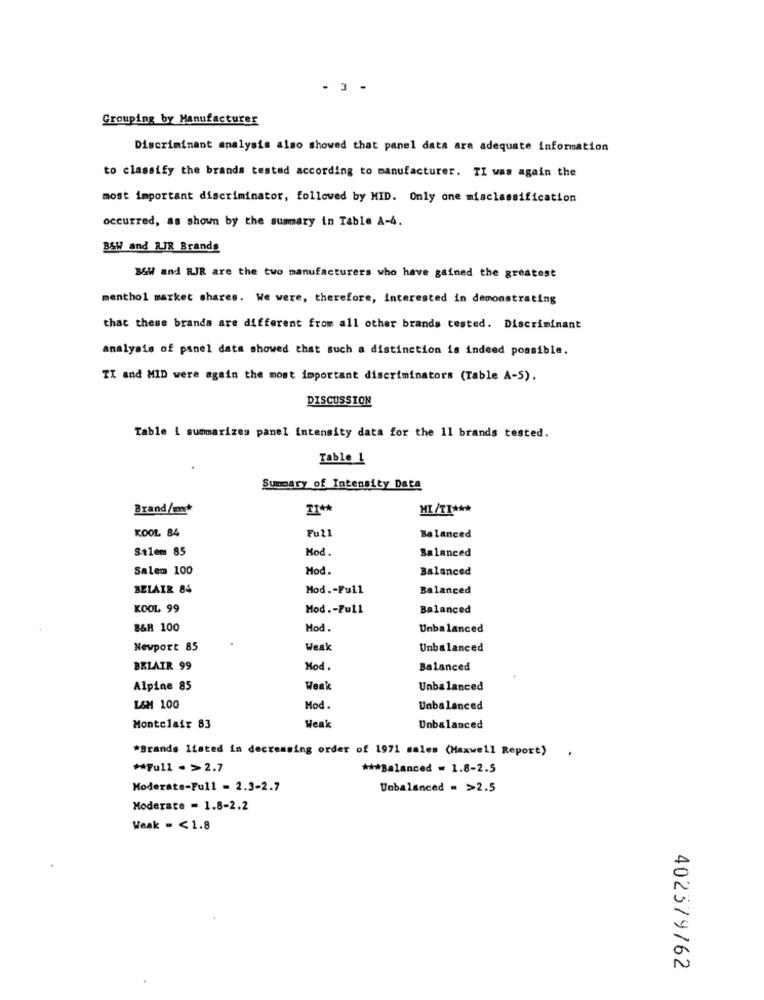
- 3 -
Grouping by Manufacturer
Discriminant analysis also showed that panel data are adequate information
to classify the brands tested according to manufacturer. TI was again the
most important discriminator, followed by MID. Only one misclassification
occurred, as shown by the summary in Table A-4.
B&W and RIR Brands
36W and RJR are the two manufacturers who have gained the greatest
menthol market shares. We were, therefore, interested in demonstrating
that these brands are different from all other brands tested. Discriminant
analysis of panel data showed that such a distinction is indeed possible.
TI and MID were again the most important discriminators (Table A-S).
DISCUSSION
Table [ summarizes panel intensity data for the 11 brands tested.
Table 1
Summary of Intensity Data
Brand/m*
MI/TI ***
KOOL 84
Full
Balanced
Salem 85
Mod.
Balanced
Salem 100
Mod.
Balanced
BELAIR 84
Mod .- Full
Balanced
KOOL 99
Mod .- Pull
Balanced
B&H 100
Mod.
Unbalanced
Newport 85
Weak
Unbalanced
BELAIR 99
Mod.
Balanced
Alpine 85
Weak
Unbalanced
L&M 100
Mod.
Unbalanced
Montclair 83
Weak
Unbalanced
*Brands Ifated in decreasing order of 1971 sales (Maxwell Report)
** Full =>2.7
*** Balanced = 1.8-2.5
Moderate-Full = 2.3-2.7
Unbalanced = >2.5
Moderate = 1.8-2.2
Weak = < 1.8
402379762